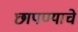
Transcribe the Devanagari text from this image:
छापण्याचे